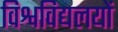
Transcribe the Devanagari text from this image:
विश्वविद्यलयों